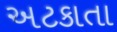
અટકાતા